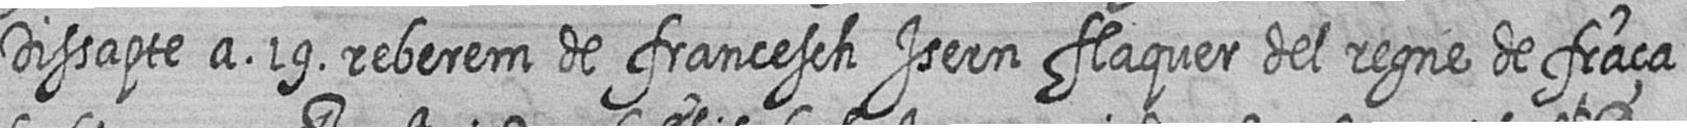
Dissapte a 19 reberem de francesch Isern flaquer del regne de fraça